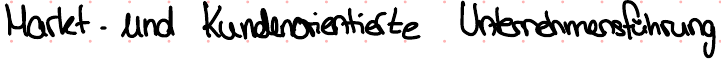
Markt - und Kundenorientierte Unternehmensführung